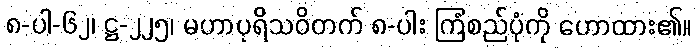
၈-ပါ-၆၂၊ ဋ္ဌ-၂၂၅၊ မဟာပုရိသဝိတက် ၈-ပါး ကြံစည်ပုံကို ဟောထား၏။